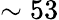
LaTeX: \sim 53